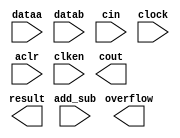
// Copyright (C) 2018 Intel Corporation. All rights reserved.
// Your use of Intel Corporation's design tools, logic functions 
// and other software and tools, and its AMPP partner logic 
// functions, and any output files from any of the foregoing 
// (including device programming or simulation files), and any 
// associated documentation or information are expressly subject 
// to the terms and conditions of the Intel Program License 
// Subscription Agreement, the Intel Quartus Prime License Agreement,
// the Intel FPGA IP License Agreement, or other applicable license
// agreement, including, without limitation, that your use is for
// the sole purpose of programming logic devices manufactured by
// Intel and sold by Intel or its authorized distributors.  Please
// refer to the applicable agreement for further details.
//////////////////////////////////////////////////////////////////////////////////////////
//////////////////////////////// LPM_ADD_SUB for Formal Verification /////////////////////
//////////////////////////////////////////////////////////////////////////////////////////
// MODEL BEGIN
module lpm_add_sub (
// INTERFACE BEGIN
	dataa,
	datab,
	cin,
	add_sub,
	clock,
	aclr,
	clken,
`ifdef POST_FIT
	_unassoc_inputs_,
	_unassoc_outputs_,
`endif
	result,
	cout,
	overflow
);
// INTERFACE END
//// default parameters ////

	parameter lpm_type = "lpm_add_sub";
	parameter lpm_width = 1;                 // width of dataa,datab,result
	parameter lpm_representation = "SIGNED"; // type of addition/subtraction
	parameter lpm_direction = "DEFAULT";     // add or sub
	parameter lpm_pipeline = 0;              // latency
	parameter lpm_hint = "UNUSED";
	parameter intended_device_family = "UNUSED";
`ifdef POST_FIT
	parameter _unassoc_inputs_width_ = 1;
	parameter _unassoc_outputs_width_ = 1;
`endif

//// port declarations ////

	input  [lpm_width - 1:0] dataa;
	input  [lpm_width - 1:0] datab;
	input  cin,add_sub;
	input  clock,aclr,clken;
	// Extra bus for connecting signals unassociated with defined ports
`ifdef POST_FIT
	input [ _unassoc_inputs_width_ - 1 : 0 ] _unassoc_inputs_;
	output [ _unassoc_outputs_width_ - 1 : 0 ] _unassoc_outputs_;
`endif
	output [lpm_width - 1:0] result;
	output cout,overflow;

endmodule